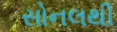
સોનલથી